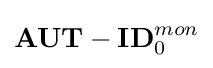
\mathbf {AUT-ID} _{0}^{mon}